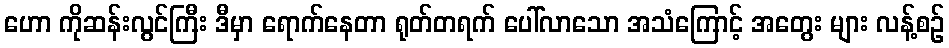
ဟော ကိုဆန်းလွင်ကြီး ဒီမှာ ရောက်နေတာ ရုတ်တရက် ပေါ်လာသော အသံကြောင့် အတွေး များ လန့်စဉ်